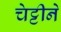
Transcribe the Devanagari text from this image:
चेट्टीने